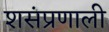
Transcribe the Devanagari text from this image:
शसंप्रणाली